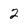
Character: 2